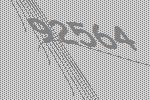
92564